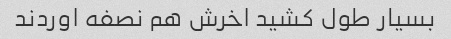
بسیار طول کشید اخرش هم نصفه اوردند